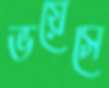
ভয়েসে